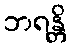
ဘရန္တိ